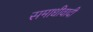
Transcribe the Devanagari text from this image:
समाधीवादी